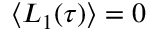
\langle L _ { 1 } ( \tau ) \rangle = 0